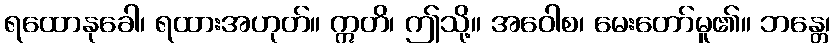
ရထောနုခေါ၊ ရထားအဟုတ်။ ဣတိ၊ ဤသို့။ အဝေါစ၊ မေးတော်မူ၏။ ဘန္တေ၊